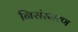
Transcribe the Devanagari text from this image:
निसंस्मरण